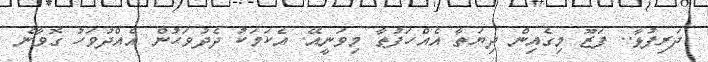
ދަރިފުޅާ.. ފަޒޫ މިގެއިން ދިޔަތާ އެއްހަފުތާ މިވަނީއޭ. އެކަމަކު ދެދުވަހުން އެއްދުވަހު ގޮވާނެ